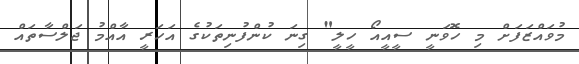
މުވައްޒަފަށް މި ހޮވަނީ ސީއީއޯ ހީލީ" ގިނަ ކުންފުނިތަކުގެ އަހަރީ އާއްމު ޖަލްސާތައް